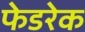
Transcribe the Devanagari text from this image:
फेडरेक